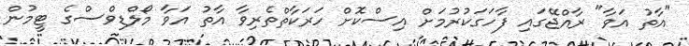
"އާތު އަވާ" ރާއްޖޭގައި ފާހަގަކުރުމަށް އިސްކޮށް ހަރަކާތްތެރިވާ އާތު އަވާ މޯލްޑިވްސްގެ ޓީމުން